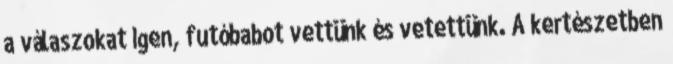
a válaszokat Igen, futóbabot vettünk és vetettünk. A kertészetben